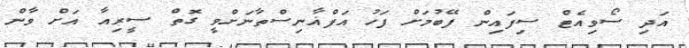
އަދި ސޯވިއެޓް ސިފައިން ފޭބުމަށް ފަހު އަފްޣާނިސްތާނަށްވީ ގޮތް ސީރިއާ އަށް ވާން